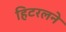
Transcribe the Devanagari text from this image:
हिटरलने